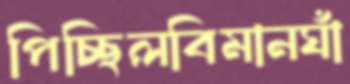
পিচ্ছিলবিমানঘাঁ